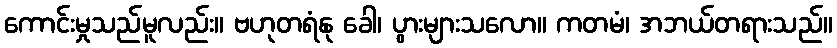
ကောင်းမှုသည်မူလည်း။ ဗဟုတရံနု ခေါ၊ ပွားများသလော။ ကတမံ၊ အဘယ်တရားသည်။